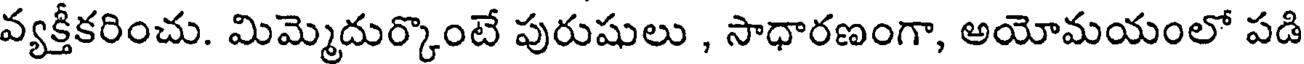
వ్యక్తీకరించు. మిమ్మెదుర్కొంటే పురుషులు , సాధారణంగా, అయోమయంలో పడి